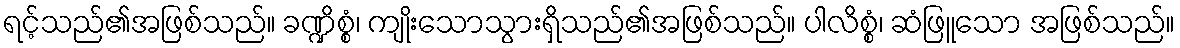
ရင့်သည်၏အဖြစ်သည်။ ခဏ္ဍိစ္စံ၊ ကျိုးသောသွားရှိသည်၏အဖြစ်သည်။ ပါလိစ္စံ၊ ဆံဖြူသော အဖြစ်သည်။